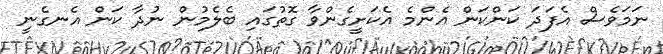
ނަމަވެސް އެފަދަ ކަންކަން އެންމެ އެކަށީގެންވާ ގޮތުގައި ބެލެމުން ނުދާ ކަން އެނގެނީ